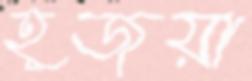
হূজয়া